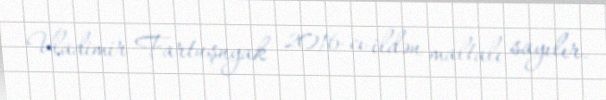
Vladimir Fartuşnyak 2016-cı ildən maltalı sayılır.